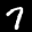
Label: 7